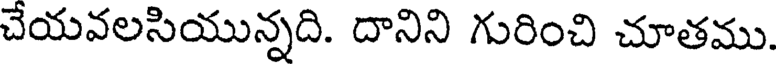
చేయవలసియున్నది. దానిని గురించి చూతము.